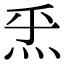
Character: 𤇠